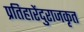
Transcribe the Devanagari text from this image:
प्रतिहारेंदुराजकृत